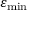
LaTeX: \varepsilon _ { \mathrm { { m i n } } }